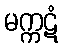
မက္ကဋံ